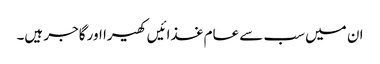
ان میں سب سے عام غذائیں کھیرا اور گاجر ہیں۔